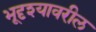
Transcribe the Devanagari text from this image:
भूदृश्यावरील